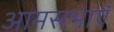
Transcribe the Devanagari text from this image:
आमसभाएँ